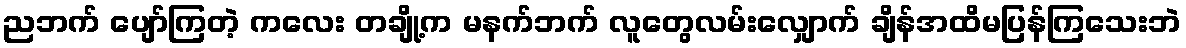
ညဘက် ပျော်ကြတဲ့ ကလေး တချို့က မနက်ဘက် လူတွေလမ်းလျှောက် ချိန်အထိမပြန်ကြသေးဘဲ